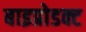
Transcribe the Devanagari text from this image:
बाइप्रोडक्ट